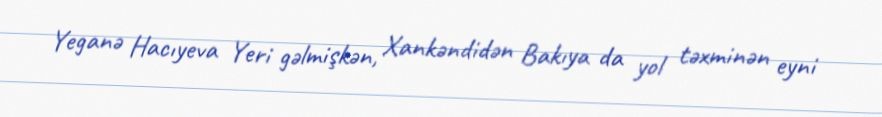
Yeganə Hacıyeva Yeri gəlmişkən, Xankəndidən Bakıya da yol təxminən eyni